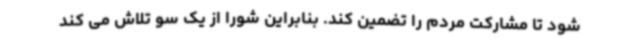
شود تا مشارکت مردم را تضمین کند. بنابراین شورا از یک سو تلاش می کند